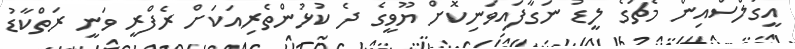
އީގަލްސްއިން މެޗުގެ ލީޑު ނަގާފައިވަނިކޮށް ޔޫވީގެ ދެ ކުޅުންތެރިއަކަށް ރެފްރީ ވަނީ ރަތްކާޑު